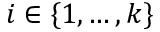
i \in \{ 1 , \ldots , k \}